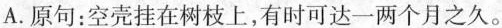
A.原句：空壳挂在树枝上，有时可达一两个月之久。